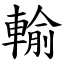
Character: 輸